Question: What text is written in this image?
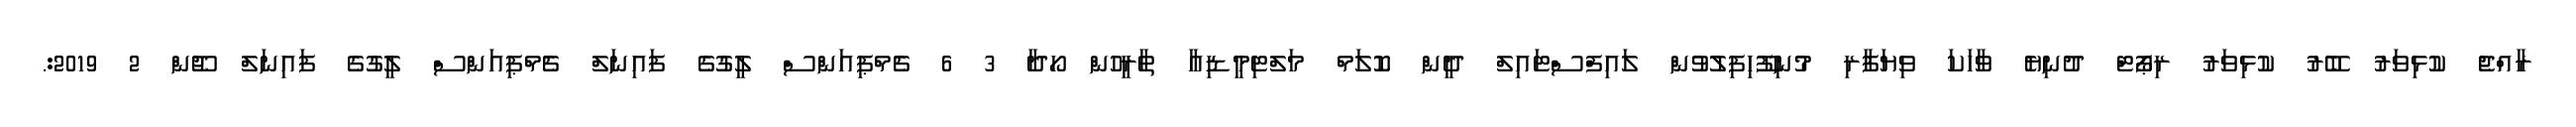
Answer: ރާއްޖެ ކުޅިވަރު ބޭރު ކުޅިވަރު ރިޕޯޓް ދުނިޔެ ވާހަކަ ވިޔަފާރި މުނިފޫހިފިލުވުން ލައިފްސްޓައިލް ދީން ކޮލަމް މަލްޓިމީޑިއާ ތާރީހުން ހޯދާ 3 6 ޗެމްޕިއަންސް ލީގުގެ ފައިނަލް ޗެމްޕިއަންސް ލީގުގެ ފައިނަލް ޖޫން 2 2019:.